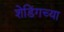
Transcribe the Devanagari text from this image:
शेडिंगच्या